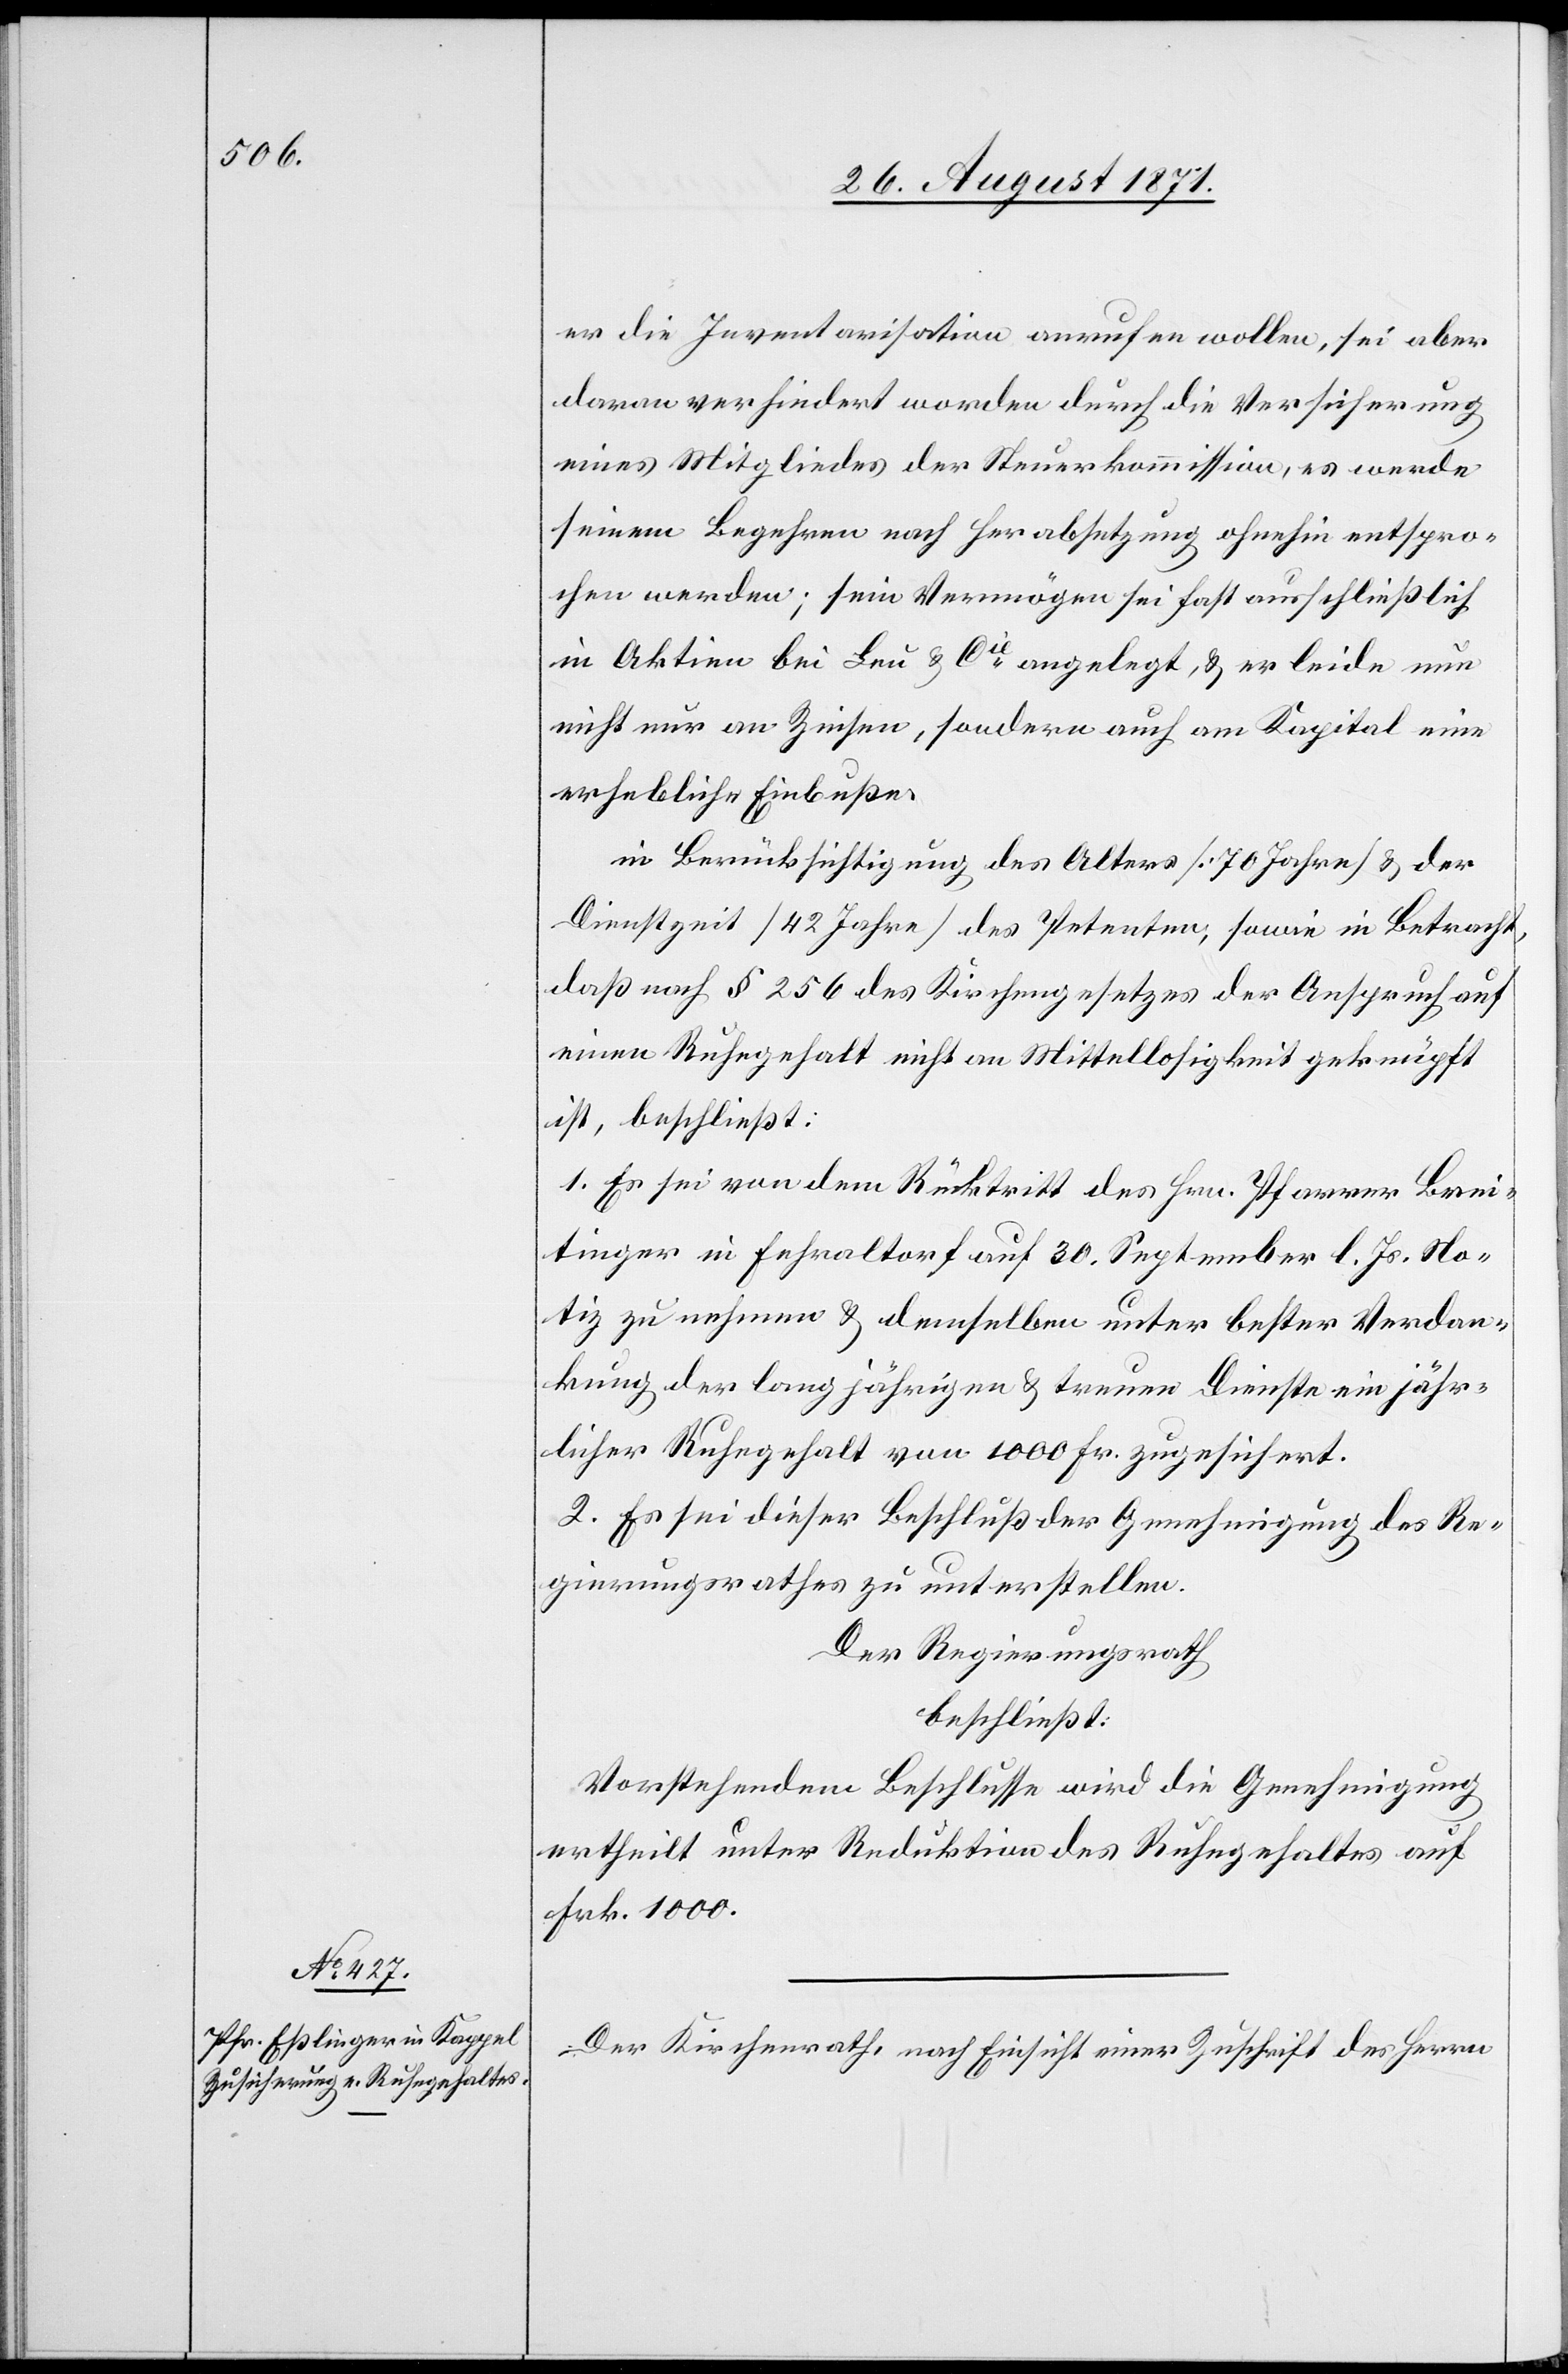
er die Inventarisation anrufen wollen, sei aber
daran verhindert worden durch die Versicherung
eines Mitgliedes der Steuerkommission, es werde
seinem Begehren nach Herabsetzung ohnehin entspro¬
chen werden, sein Vermögen sei fast ausschließlich
in Aktion bei Leu & Cie angelegt, & er leide nun
nicht nur an Zinsen, sondern auch am Kapital eine
erhebliche Einbuße,
in Berücksichtigung des Alters [70 Jahre] & der
Dienstzeit [42 Jahre] des Petenten, sowie in Betracht,
daß nach § 256 des Kirchengesetzes der Anspruch auf
einem Ruhegehalt nicht an Mittellosigkeit geknüpft
ist, beschließt:
1. Es sei von dem Rücktritt des Hrn. Pfarrer Brei¬
tinger in Ferhaltorf auf 30. September l. Js: No¬
tiz zu nehmen & demselben unter bester Verdan¬
kung der langjährigen & treuen Dienste ein jähr¬
liches Ruhegehalt von 1000 Fr. zugesichert.
2. Es sei dieser Beschluß der Genehmigung des Re¬
gierungsrathes zu unterstellen.
Der Regierungsrath,
beschließt:
Vorstehendem Beschluss wird die Genehmigung
ertheilt unter Reduktion des Ruhegehaltes auf
Frk. 1000.